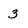
Character: 3